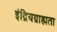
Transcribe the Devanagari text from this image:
इंद्रियग्राह्मता